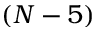
( N - 5 )